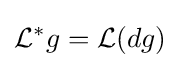
{\mathcal {L}}^{*}g={\mathcal {L}}(dg)